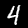
Digit: 4